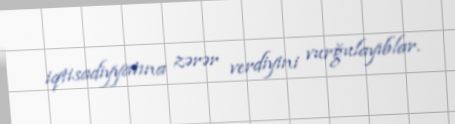
iqtisadiyyatına zərər verdiyini vurğulayıblar.